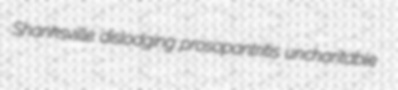
Shanksville dislodging prosopantritis uncharitable